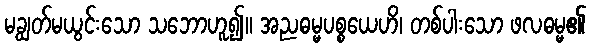
မချွတ်မယွင်းသော သဘောဟူ၍။ အညဓမ္မပစ္စယေဟိ၊ တစ်ပါးသော ဖလဓမ္မ၏